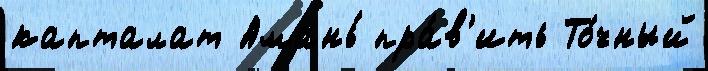
капталат Амань́ пра́в'ить То́чный